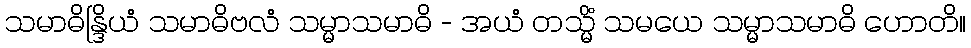
သမာဓိန္ဒြိယံ သမာဓိဗလံ သမ္မာသမာဓိ - အယံ တသ္မိံ သမယေ သမ္မာသမာဓိ ဟောတိ။